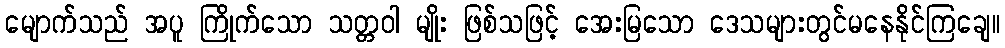
မျောက်သည် အပူ ကြိုက်သော သတ္တဝါ မျိုး ဖြစ်သဖြင့် အေးမြသော ဒေသများတွင်မနေနိုင်ကြချေ။